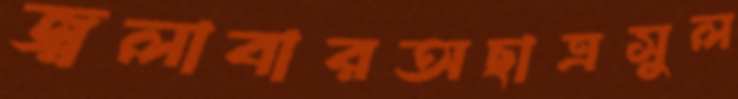
জ্বলাবারঅছাত্রসুল